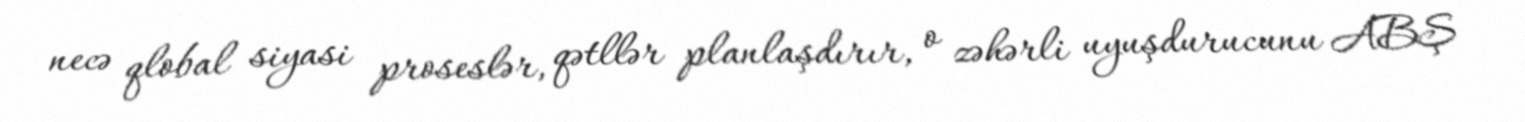
necə qlobal siyasi proseslər, qətllər planlaşdırır, o zəhərli uyuşdurucunu ABŞ